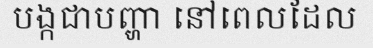
បង្កជាបញ្ហា នៅពេលដែល